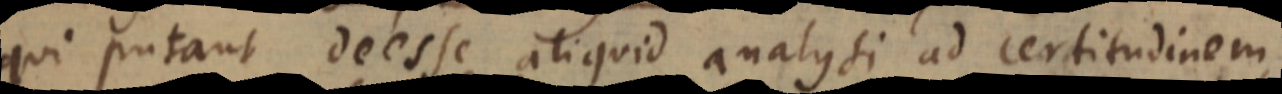
qui putant deesse aliquid analysi ad certitudinem,